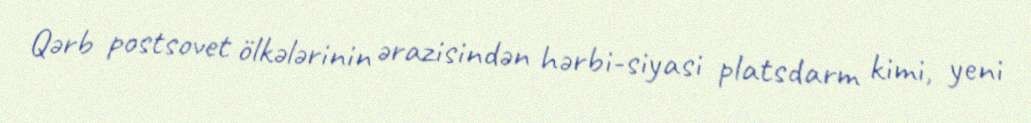
Qərb postsovet ölkələrinin ərazisindən hərbi-siyasi platsdarm kimi, yeni